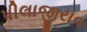
પીલાજીરાવ